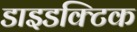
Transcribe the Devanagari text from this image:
डाइडक्टिक